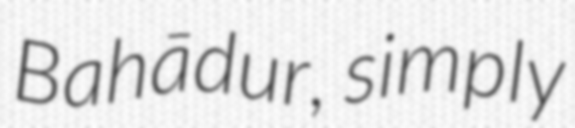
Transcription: Bahādur, simply